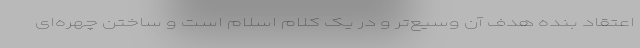
اعتقاد بنده هدف آن وسیع‌تر و در یک کلام اسلام است و ساختن چهره‌ای